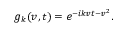
g _ { k } ( v , t ) = e ^ { - i k v t - v ^ { 2 } } .